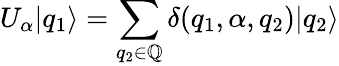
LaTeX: U_{\alpha}|q_{1}\rangle=\sum_{q_{2}\in\mathbb{Q}}\delta(q_{1},\alpha,q_{2})|q_{2}\rangle